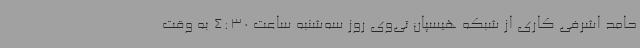
حامد اشرفی کاری از شبکه هیسپان تی‌وی روز سه‌شنبه ساعت 4:30 به وقت